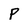
Character: p